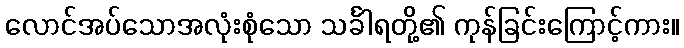
လောင်အပ်သောအလုံးစုံသော သင်္ခါရတို့၏ ကုန်ခြင်းကြောင့်ကား။